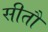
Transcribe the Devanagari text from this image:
सीतौ